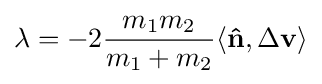
\lambda =-2{\frac {m_{1}m_{2}}{m_{1}+m_{2}}}\langle \mathbf {\hat {n}} ,\Delta \mathbf {v} \rangle